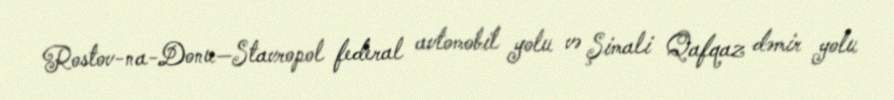
Rostov-na-Donu—Stavropol federal avtomobil yolu və Şimali Qafqaz dəmir yolu